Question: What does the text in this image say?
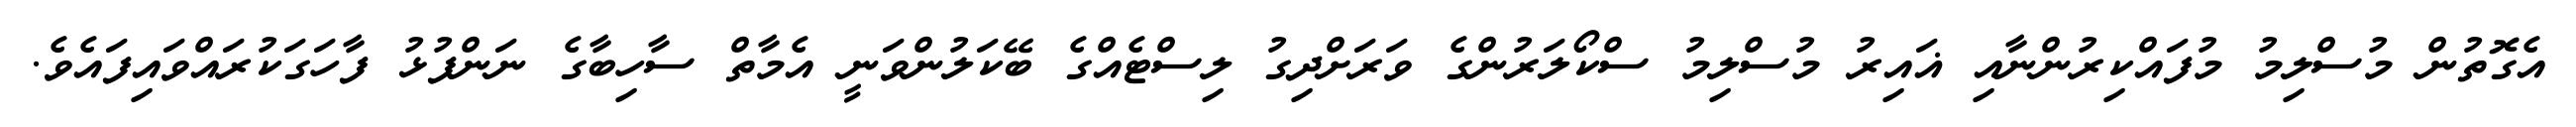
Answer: އެގޮތުން މުސްލިމު މުފައްކިރުންނާއި ޣައިރު މުސްލިމު ސްކޯލަރުންގެ ވަރަށްދިގު ލިސްޓެއްގެ ބޭކަލުންވަނީ އެމާތް ސާހިބާގެ ނަންފުޅު ފާހަގަކުރައްވައިފައެވެ.